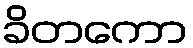
ခိတကော